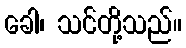
ခေါ၊ သင်တို့သည်။